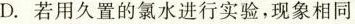
D.若用久置的氯水进行实验，现象相同